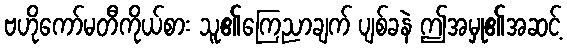
ဗဟိုကော်မတီကိုယ်စား သူ၏ကြေညာချက် ပျစ်ခနဲ ဤအမှု၏အဆင့်